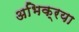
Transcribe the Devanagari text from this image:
अभिक्रया